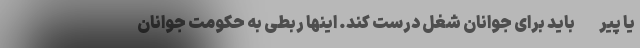
یا پیر- باید برای جوانان شغل درست کند. اینها ربطی به حکومت جوانان